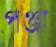
পঞ্জা